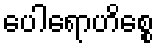
ပေါရောဟိစ္စေ